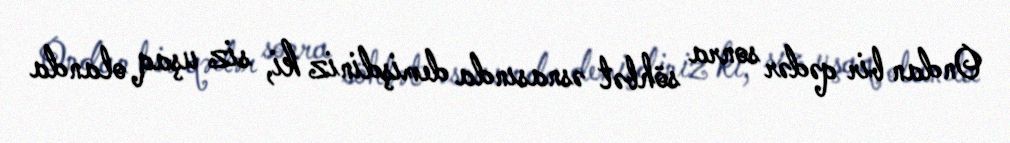
Ondan bir qədər sonra söhbət əsnasında demişdiniz ki, siz uşaq olanda